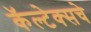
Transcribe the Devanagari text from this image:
कॅल्टेक्सचे